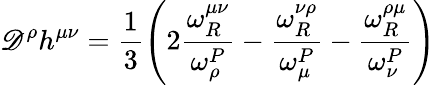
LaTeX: \mathscr{D}^{\rho}h^{\mu\nu}=\frac{{1}}{{3}}\left(2\frac{{\omega_{R}^{\mu\nu}}}{{\omega_{\rho}^{P}}}-\frac{{\omega_{R}^{\nu\rho}}}{{\omega_{\mu}^{P}}}-\frac{{\omega_{R}^{\rho\mu}}}{{\omega_{\nu}^{P}}}\right)